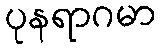
ပုနရာဂမာ